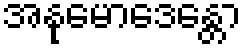
အနုမောဒေန္တော